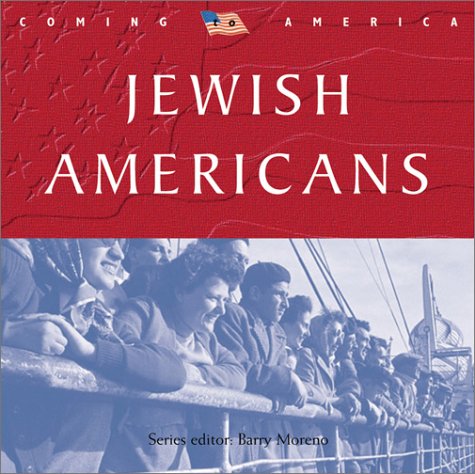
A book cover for Jewish Americans (Coming to America); Robert Stein; Teen & Young Adult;